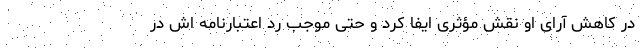
در کاهش آرای او نقش مؤثری ایفا کرد و حتی موجب رد اعتبارنامه اش در